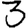
Digit: 3